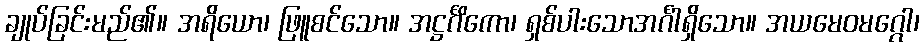
ချုပ်ခြင်းမည်၏။ အရိယော၊ ဖြူစင်သော။ အဋ္ဌင်္ဂိကော၊ ရှစ်ပါးသောအင်္ဂါရှိသော။ အယမေဝမဂ္ဂေါ၊